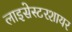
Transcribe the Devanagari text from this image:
लाइसेस्टरशायर